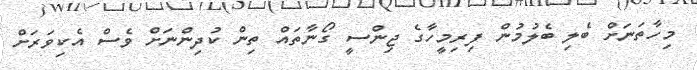
މިހާތަނަށް ބެލި ބެލުމުން ފިރިމީހާގެ ޖިންސީ ގޯނާތައް ތިން ކުދިންނަށް ވެސް އެކިވަރަށް